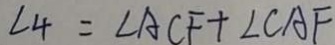
\angle 4 = \angle A C F + \angle C A F